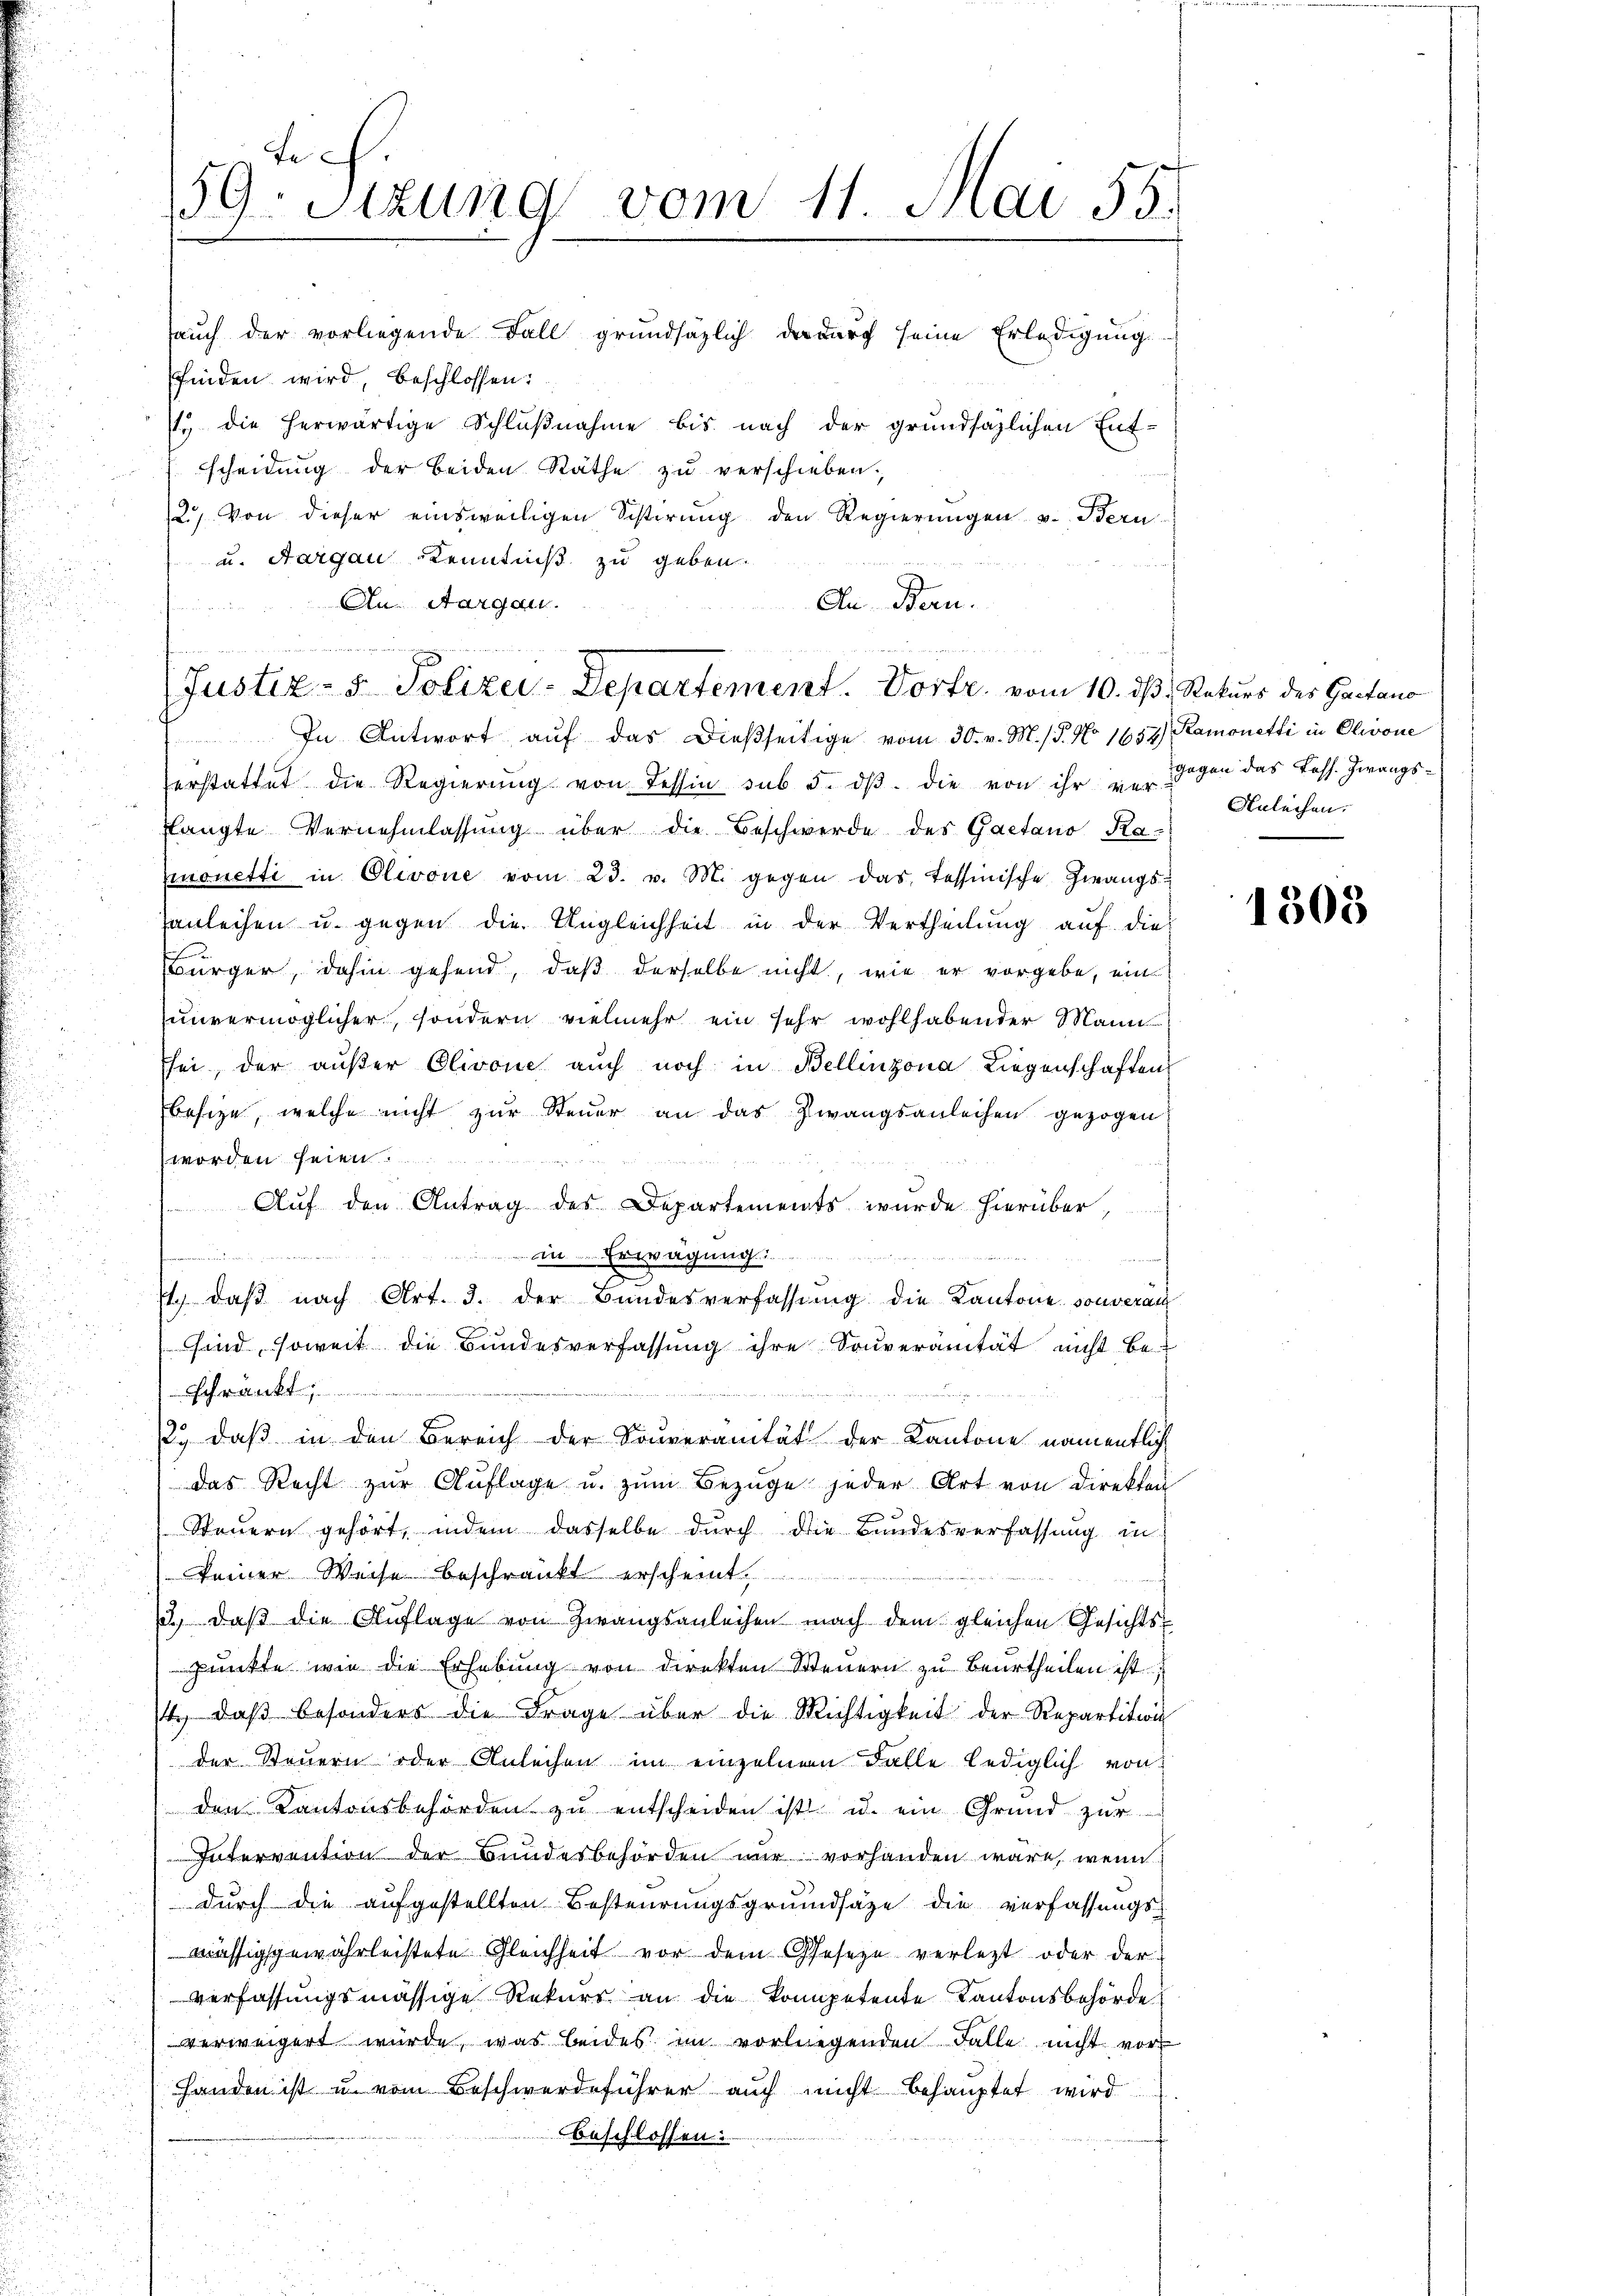
1. die herwärtige Schlußnahme bis nach der grundsätzlichen Ent-
scheidung der beiden Räthe zu verschieben.
2) Von dieser einsweiligen Sistirung den Regierungen v. Bern
u. Aargau Kenntniß zu geben.
aeter un
An Aargau.
An Bern.
f

Toch
159. Sitzung vom 11. Juni 55.
sauch der vorliegende Fall grundsätzlich dadurch seine Erledigung
finden wird, beschlossen:

Justiz- & Polizei-Departement. Vortr. vom 10. ds. Rekurs des Gaetano

In Antwort auf das dießseitige vom 30. v. M. / 5. No 1654 Ramonetti in Olivone
erstattet die Regierung von Tessin sub 5. dβ. die von ihr ein gegen das Fess. Zwangslangte Vernehmlassŭng über die Beschwerde des Gaetano Ka-
monetti in Olivone vom 23. v. M. gegen das tessinische Zwangs-
anleihen u. gegen die Ungleichheit in der Vertheilung auf die
Bürger, dahin gehend, daß derselbe nicht, wie er vorgebe, ein
unvermöglicher, sondern vielmehr ein sehr wohlhabender Mann
sei, der aŭβer Olivone auch noch in Bellinzona Liegenschaften
besize, welche nicht zur Steuer an das Zwangsanleihen gezogen
worden seien.
Auf den Antrag des Departements wurde hierüber,
u. Erwägung der
finden meinden
s
71.) daß nach Art. 3. der Bundesverfassung die Kantone souveran
sind, soweit die Bundesverfassŭng ihre Souveränität nicht be-
Schrankt
12.) daß in den Bereich der Souveranität der Kantone namentlich
das Recht zŭr Aŭflage u. zŭm Bezüge jeder Art von Direkten
Steŭern gehört, indem dasselbe dŭrch die Bundesverfassung in
keiner Weise beschränkt erscheint,
ich
s., daß die Auflage von Zwangsanleihen nach dem gleichen Gesichts-
punkte wie die Erhebung von direkten Steuern zu beurtheilen ist
st, daβ besonders die Frage über die Richtigkeit der Repartition
der Steuern oder Anleihen im einzelnen Falle lediglich von
den Kantonsbehörden zu entscheiden ist u. ein Grund zur
Intervention der Bundesbehörden nur vorhanden wäre, wenn
durch die aufgestellten Besteurungsgrundsätze die verfassungsmässigsgewährleistete Gleichheit vor dem Gesetze verletzt oder der
verfassungsmässige Rekurs an die kompetente Kantonsbehörde
verweigert wurde, was beides im vorliegenden Falle nicht vor
Handen ist u. vom Beschwerdeführer auch nicht behauptet wird
beschlossen:

Anleihen.

1308